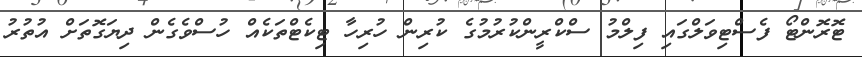
ޓޮރޮންޓޯ ފެސްޓިވަލްގައި ފިލްމު ސްކްރީންކުރުމުގެ ކުރިން ހުރިހާ ޓިކެޓްތަކެއް ހުސްވެގެން ދިޔަގޮތަށް އުތުރު